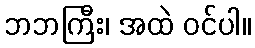
ဘဘကြီး၊ အထဲ ဝင်ပါ။